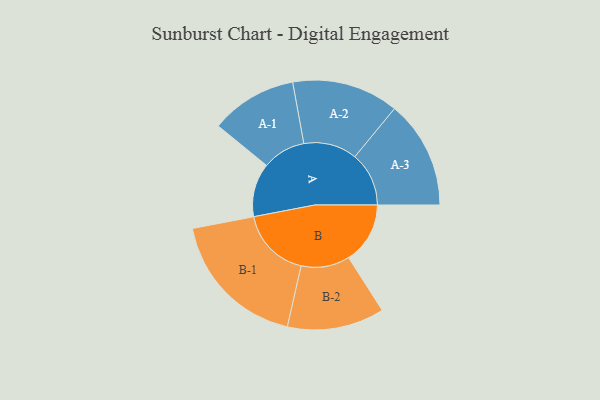
{"axis": {"x": "Segment", "y": "Value"}, "legend": ["", "A", "B"], "data": [{"x": "A", "y": 224, "type": ""}, {"x": "B", "y": 257, "type": ""}, {"x": "A-1", "y": 181, "type": "A"}, {"x": "A-2", "y": 223, "type": "A"}, {"x": "A-3", "y": 226, "type": "A"}, {"x": "B-1", "y": 297, "type": "B"}, {"x": "B-2", "y": 203, "type": "B"}]}